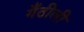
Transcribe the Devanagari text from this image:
गँठीली